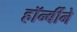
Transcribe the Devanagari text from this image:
हॉर्न्बीने